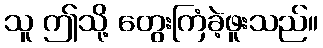
သူ ဤသို့ တွေးကြံခဲ့ဖူးသည်။